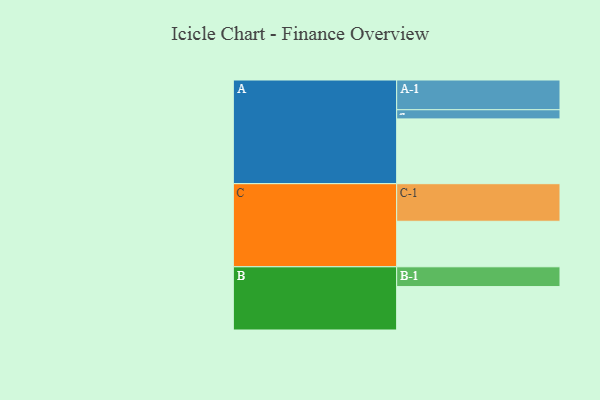
{"axis": {"x": "Segment", "y": "Value"}, "legend": ["", "A", "B", "C"], "data": [{"x": "A", "y": 488, "type": ""}, {"x": "B", "y": 327, "type": ""}, {"x": "C", "y": 343, "type": ""}, {"x": "A-1", "y": 224, "type": "A"}, {"x": "A-2", "y": 69, "type": "A"}, {"x": "B-1", "y": 149, "type": "B"}, {"x": "C-1", "y": 283, "type": "C"}]}